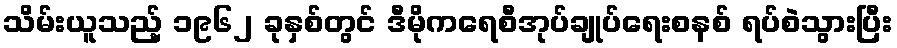
သိမ်းယူသည့် ၁၉၆၂ ခုနှစ်တွင် ဒီမိုကရေစီအုပ်ချုပ်ရေးစနစ် ရပ်စဲသွားပြီး